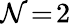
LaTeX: \mathcal{N}\! =\! 2